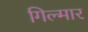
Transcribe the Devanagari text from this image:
गिल्मार